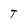
Character: T